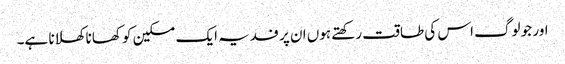
اور جو لوگ اس کی طاقت رکھتے ہوں ان پر فدیہ ایک مسکین کو کھانا کھلانا ہے۔